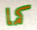
كما